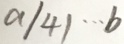
a \vert 4 \vert \cdots b